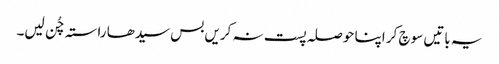
یہ باتیں سوچ کر اپنا حوصلہ پست نہ کریں بس سیدھا راستہ چُن لیں۔